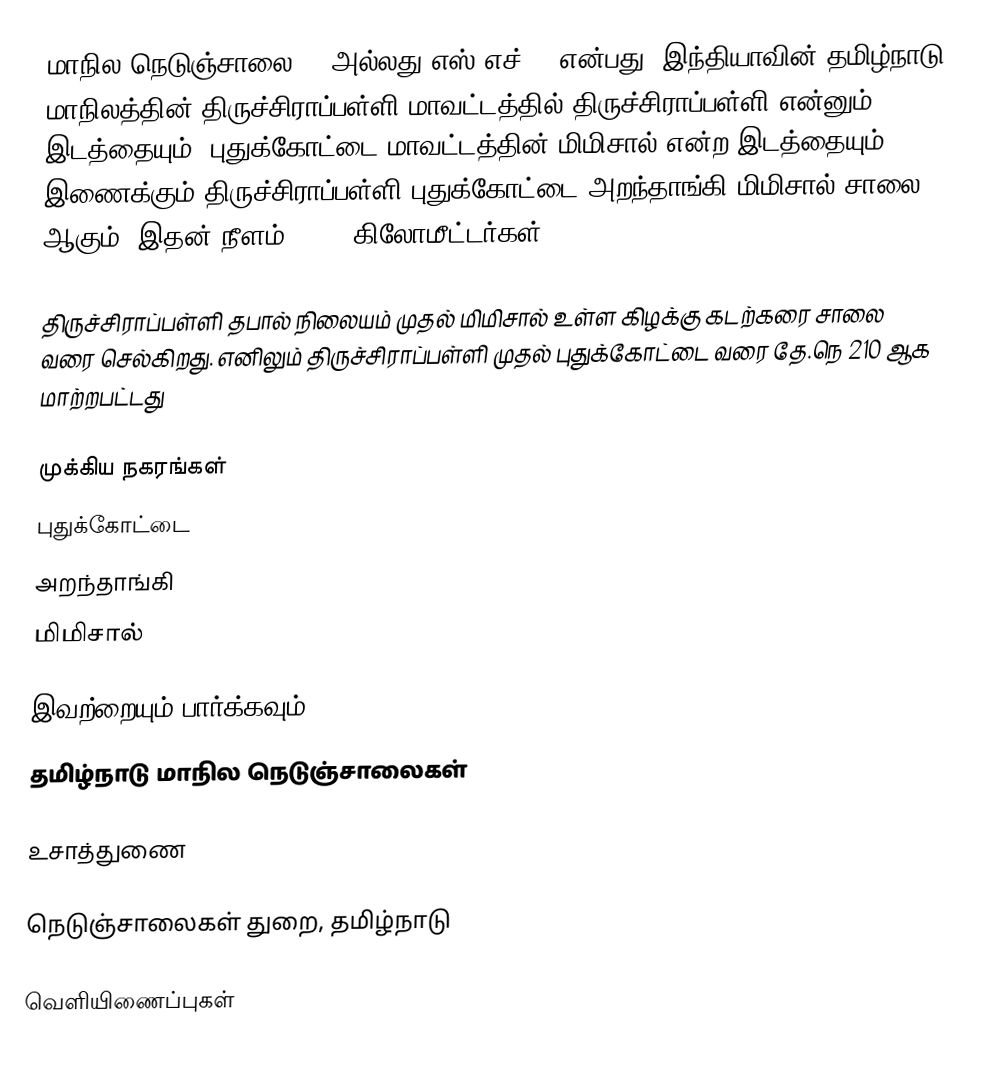
மாநில நெடுஞ்சாலை 26 அல்லது எஸ்.எச்-26 என்பது, இந்தியாவின் தமிழ்நாடு மாநிலத்தின் திருச்சிராப்பள்ளி மாவட்டத்தில் திருச்சிராப்பள்ளி என்னும் இடத்தையும், புதுக்கோட்டை மாவட்டத்தின் மிமிசால் என்ற இடத்தையும் இணைக்கும் திருச்சிராப்பள்ளி-புதுக்கோட்டை-அறந்தாங்கி-மிமிசால் சாலை ஆகும். இதன் நீளம் 119.9  கிலோமீட்டர்கள் .

திருச்சிராப்பள்ளி தபால் நிலையம் முதல் மிமிசால் உள்ள கிழக்கு கடற்கரை சாலை வரை செல்கிறது. எனிலும் திருச்சிராப்பள்ளி முதல் புதுக்கோட்டை  வரை தே.நெ 210 ஆக மாற்றபட்டது

முக்கிய நகரங்கள்
புதுக்கோட்டை
அறந்தாங்கி
மிமிசால்

இவற்றையும் பார்க்கவும்
 தமிழ்நாடு மாநில நெடுஞ்சாலைகள்

உசாத்துணை

 நெடுஞ்சாலைகள் துறை, தமிழ்நாடு

வெளியிணைப்புகள்